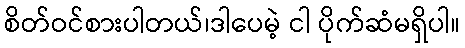
စိတ်ဝင်စားပါတယ်၊ဒါပေမဲ့ ငါ ပိုက်ဆံမရှိပါ။